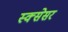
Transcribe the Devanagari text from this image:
स्क्सेसर